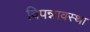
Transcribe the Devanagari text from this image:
विपन्नावस्था